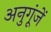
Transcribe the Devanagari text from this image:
अनुगूंजें